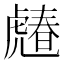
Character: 𧇶